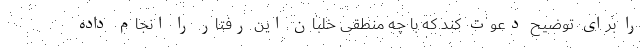
را برای توضیح دعوت کند که با چه منطقی خلبان این رفتار را انجام داده